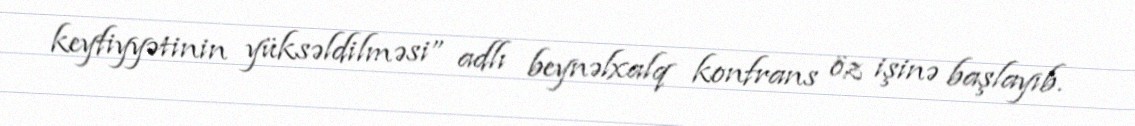
keyfiyyətinin yüksəldilməsi” adlı beynəlxalq konfrans öz işinə başlayıb.